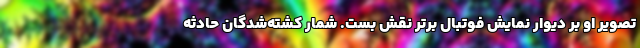
تصویر او بر دیوار نمایش فوتبال برتر نقش بست. شمار کشته‌شدگان حادثه